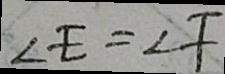
\angle E = \angle F